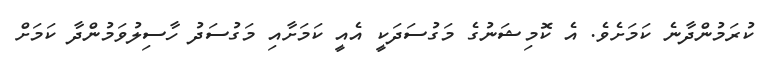
ކުރަމުންދާނެ ކަމަށެވެ. އެ ކޮމިޝަނުގެ މަގުސަދަކީ އެއީ ކަމަށާއި މަގުސަދު ހާސިލުވަމުންދާ ކަމަށް